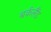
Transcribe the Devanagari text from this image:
बर्कलैंड